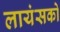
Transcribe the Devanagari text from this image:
लायंसको